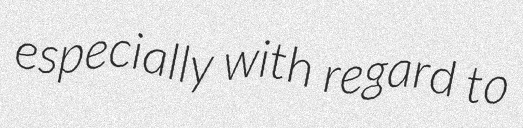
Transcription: especially with regard to